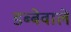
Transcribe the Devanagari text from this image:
डब्बेवाले